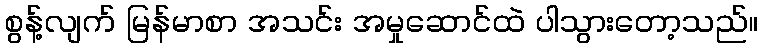
စွန့်လျက် မြန်မာစာ အသင်း အမှုဆောင်ထဲ ပါသွားတော့သည်။